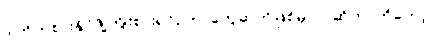
ဒါကိုကုစားနိုင်ဖို့ကြိုးစားရင်း ဘာတွေဆက်ဖြစ်မှာလဲဆိုတာကိုတော့